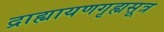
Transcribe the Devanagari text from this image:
द्राह्यायणगृह्यसूत्र